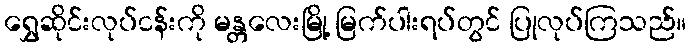
ရွှေဆိုင်းလုပ်ငန်းကို မန္တလေးမြို့ မြက်ပါးရပ်တွင် ပြုလုပ်ကြသည်။